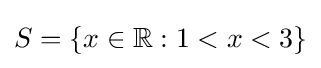
S=\{x\in \mathbb {R} :1<x<3\}